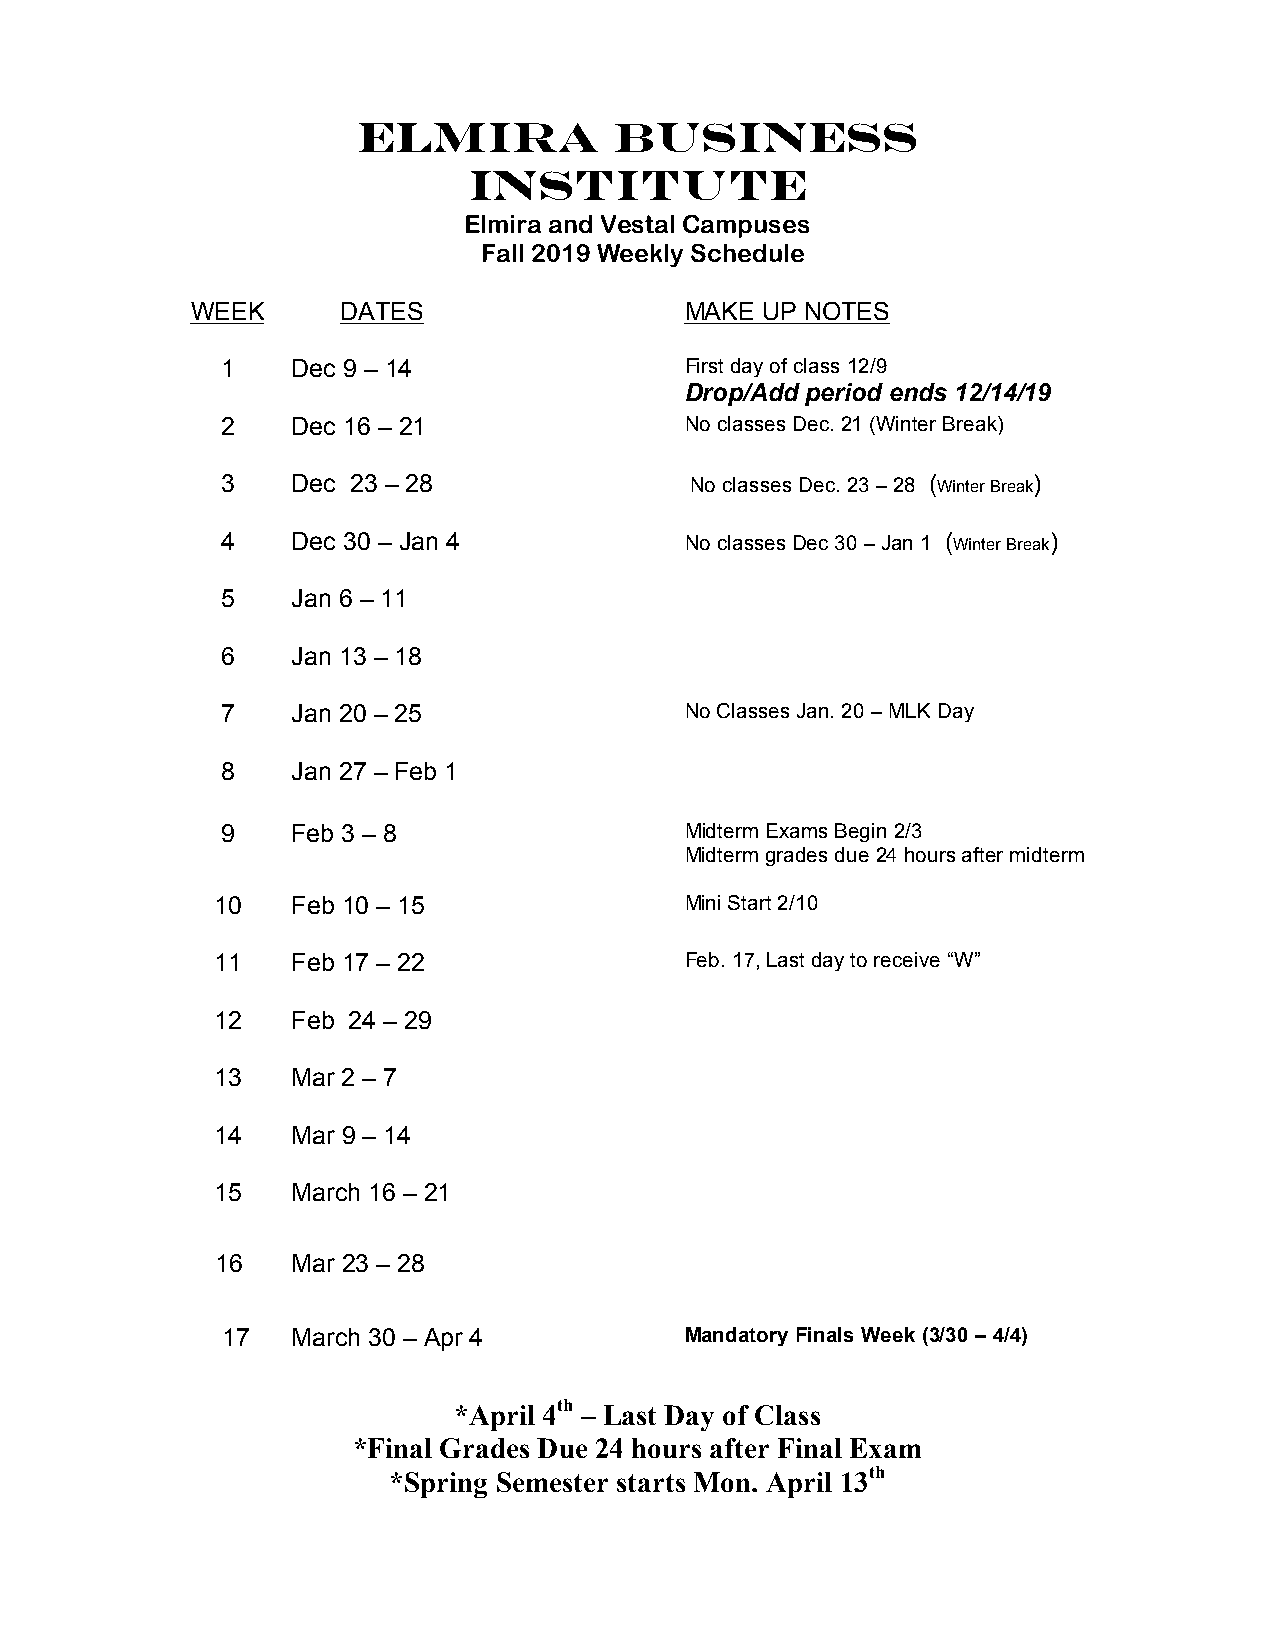
Elmira           Business
 Institute
 Elmira and Vestal Campuses
 Fall 2019 Weekly Schedule
 WEEK      DATES                 MAKE UP NOTES
 1   Dec 9 – 14                First day of class 12/9
 Drop/Add period ends 12/14/19
 2   Dec 16 – 21               No classes Dec. 21 (Winter Break)
 3   Dec 23 – 28                No classes Dec. 23 – 28 ( Winter Break)
 4   Dec 30 – Jan 4            No classes Dec 30 – Jan 1 ( Winter Break)
 5   Jan 6 – 11
 6   Jan 13 – 18
 7   Jan 20 – 25               No Classes Jan. 20 – MLK Day
 8   Jan 27 – Feb 1
 9   Feb 3 – 8                 Midterm Exams Begin 2/3
 Midterm grades due 24 hours after midterm
 10   Feb 10 – 15               Mini Start 2/10
 11   Feb 17 – 22               Feb. 17, Last day to receive “W”
 12   Feb 24 – 29
 13   Mar 2 – 7
 14   Mar 9 – 14
 15   March 16 – 21
 16   Mar 23 – 28
 17  March 30 – Apr 4          Mandatory Finals Week (3/30 – 4/4)
 *April 4th – Last Day of Class
 *Final Grades Due 24 hours after Final Exam
 *Spring Semester starts Mon. April 13th